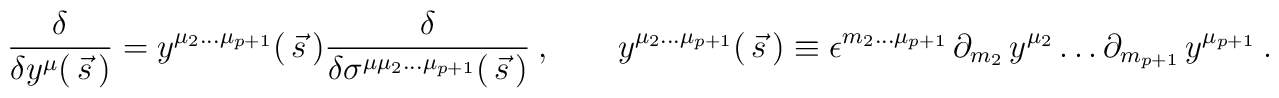
{\delta\over \delta y^\mu( \,\vec s \, )}=	  y^{\mu_2\dots \mu_{p+1}}(\, \vec s \, )	  {\delta\over \delta\sigma^{\mu\mu_2\dots \mu_{p+1} }(\, \vec  s\, )}	  \ ,\qquad	  y^{\mu_2\dots \mu_{p+1}}(\, \vec s \, )\equiv	  \epsilon^{m_2\dots\mu_{p+1}}\, \partial_{m_2}\, y^{\mu_2}\dots	  \partial_{m_{p+1}}\,  y^{\mu_{p+1}}\ .